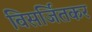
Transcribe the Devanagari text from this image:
विसर्जितकर